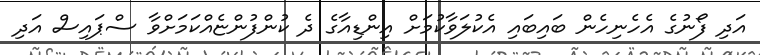
އަދި ފޯނުގެ އެހެނިހެން ބައިބައި އެކުލަވާކުމަށް އިންޑިއާގެ ދެ ކުންފުންޏެއްކަމަށްވާ ސްޕައިސް އަދި